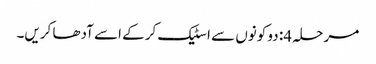
مرحلہ 4: دو کونوں سے اسٹیک کرکے اسے آدھا کریں۔